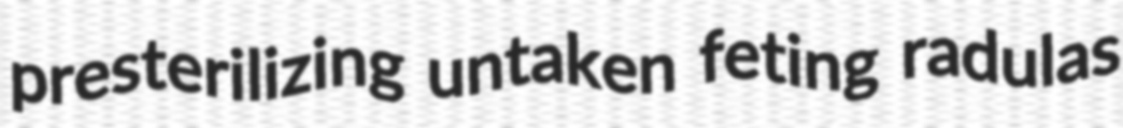
presterilizing untaken feting radulas